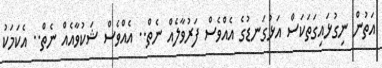
އަތުން ނިގުޅައިގަތަކަސް އަޅުގަނޑުގެ އެއްވެސް ފަރުވާލެއް ނެތް.. އެއްވެސް ޝަކުވާއެއް ނެތް.. އެކަމަކު